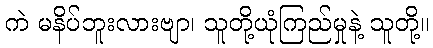
ကဲ မနိပ်ဘူးလားဗျာ၊ သူတို့ယုံကြည်မှုနဲ့ သူတို့။